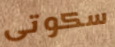
سكوتى